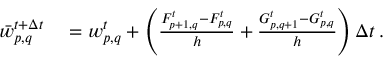
\begin{array} { r l } { \bar { w } _ { p , q } ^ { t + \Delta t } } & { { } = w _ { p , q } ^ { t } + \left( \frac { F _ { p + 1 , q } ^ { t } - F _ { p , q } ^ { t } } { h } + \frac { G _ { p , q + 1 } ^ { t } - G _ { p , q } ^ { t } } { h } \right) \Delta t \, . } \end{array}